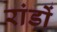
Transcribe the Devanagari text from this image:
रांडों